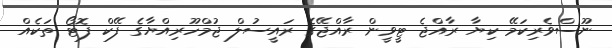
ނޫސްވެރިކަމޭ ކިޔާ ރާއްޖެ ޓީވީން ރާއްޖޭގެ ރައީސުލް ޖުމްހޫރިއްޔާގެ ފޭކް ފޮޓޯ ތަކެއް